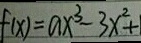
f ( x ) = a x ^ { 3 } - 3 x ^ { 2 } + 1